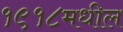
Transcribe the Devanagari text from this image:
१९१८मधील